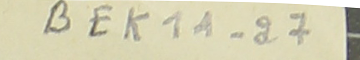
-٧- BEK1A-27